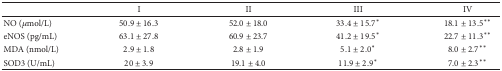
|  | I | II | III | IV |
 | --- | --- | --- | --- | --- |
 | NO (μmol/L) | 50.9 ± 16.3 | 52.0 ± 18.0 | 33.4 ± 15.7∗ | 18.1 ± 13.5∗∗ |
 | eNOS (pg/mL) | 63.1 ± 27.8 | 60.9 ± 23.7 | 41.2 ± 19.5∗ | 22.7 ± 11.3∗∗ |
 | MDA (nmol/L) | 2.9 ± 1.8 | 2.8 ± 1.9 | 5.1 ± 2.0∗ | 8.0 ± 2.7∗∗ |
 | SOD3 (U/mL) | 20 ± 3.9 | 19.1 ± 4.0 | 11.9 ± 2.9∗ | 7.0 ± 2.3∗∗ |